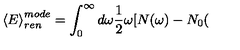
\left< E \right> _ { r e n } ^ { m o d e } = \int _ { 0 } ^ { \infty } d \omega \frac { 1 } { 2 } \omega [ N ( \omega ) - N _ { 0 } (